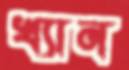
খ্যান